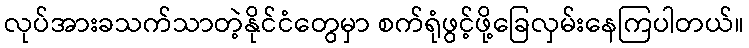
လုပ်အားခသက်သာတဲ့နိုင်ငံတွေမှာ စက်ရုံဖွင့်ဖို့ခြေလှမ်းနေကြပါတယ်။